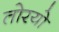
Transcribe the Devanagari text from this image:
तोरयो